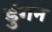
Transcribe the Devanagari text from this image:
डुंगन